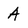
Character: A